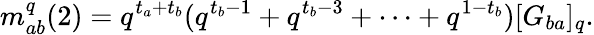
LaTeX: m_{ab}^{q}(2)=q^{t_{a}+t_{b}}(q^{t_{b}-1}+q^{t_{b}-3}+\cdots+q^{1-t_{b}})[G_{ba}]_{q}.